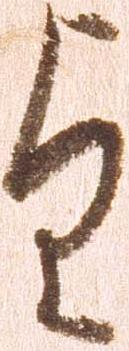
望